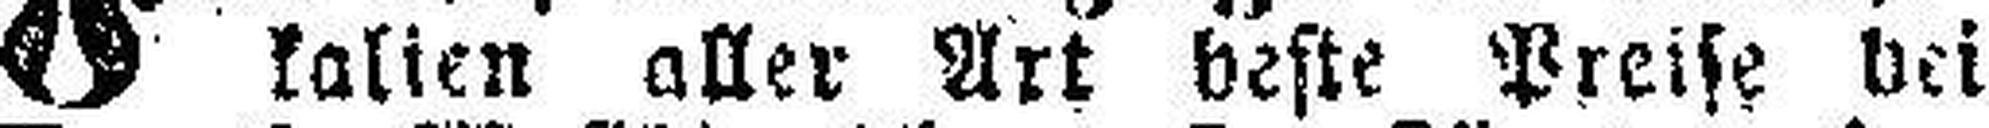
kalien aller Art beste Preise bei